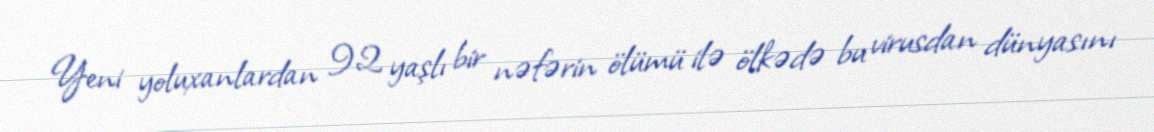
Yeni yoluxanlardan 92 yaşlı bir nəfərin ölümü ilə ölkədə bu virusdan dünyasını